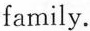
family.